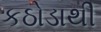
કઠોડાથી